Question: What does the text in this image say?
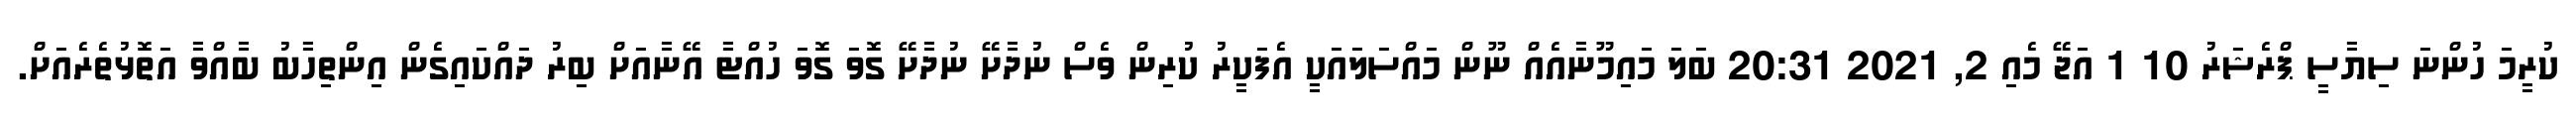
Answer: ކުރީމަ ހުންނަ ސިޔާސީ ޕްރެޝަރު 10 1 އަޖޭ މެއި 2, 2021 20:31 ބަލަ މައިމޫނާއެއް ނޫން މައްސަލައަކީ އެފަކީރު ކުރިން ވެސް ނުދާށޭ ނުދާށޭ ގޮވަ ގޮވަ ހުއްޓާ އޭނާއަށް ބިރު ދައްކައިގެން އިންތިހާބު ބާއްވާ އަތޮޅުތެރެއަށް.